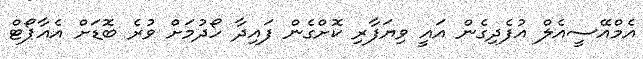
އެމްއޭސީއެލް އުފެދިގެން އައީ ވިޔަފާރި ކޮށްގެން ފައިދާ ހޯދުމަށް ވުރެ ބޮޑަށް އެއާޕޯޓް